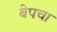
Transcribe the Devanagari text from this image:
बेपचा